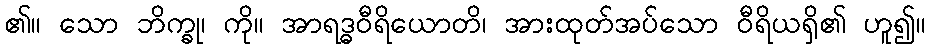
၏။ သော ဘိက္ခု၊ ကို။ အာရဒ္ဓဝီရိယောတိ၊ အားထုတ်အပ်သော ဝီရိယရှိ၏ ဟူ၍။